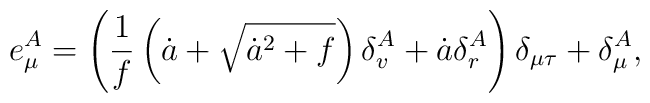
e^{A}_{\mu} = \left(\frac{1}{f}\left(\dot{a} + \sqrt{\dot{a}^2 + f}\right) \delta^{A}_{v} + \dot{a} \delta^{A}_{r}\right)\delta_{\mu\tau} + \delta^{A}_{\mu},